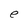
Character: e